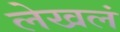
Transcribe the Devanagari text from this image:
लेखलं